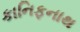
કાનિફનાથ